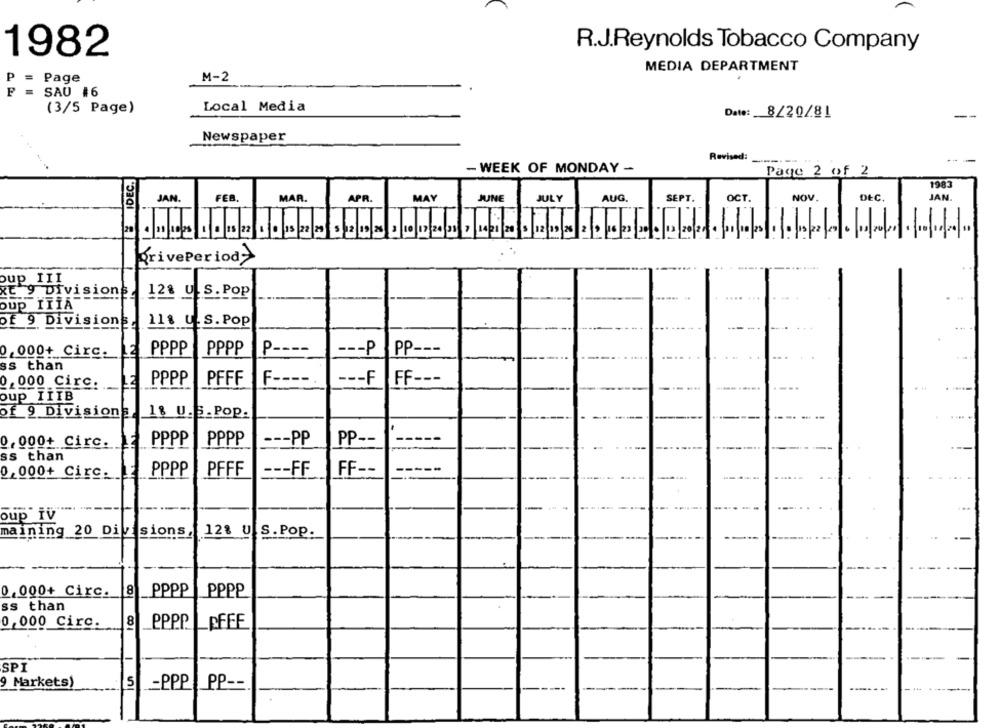
R.J.Reynolds Tobacco Company
1982
MEDIA DEPARTMENT
P
=
Page
M-2
SAU #6
(3/5 Page)
Local Media
Date: 8/20/81
Newspaper
Revised:
---
SIDEC.
- WEEK OF MONDAY -
Page 2 of 2
1983
JAN.
FEB.
MAR.
APR.
MAY
JUNE
AUG.
SEPT.
OCT.
NOV.
DEC.
JAN
JULY
. 21 10 25
. 15 22
6 . 15 22 29 5 12 19 26 3 10 17 24 91 7 1421 20
13/20/20 0 01/10/20 10|15/22
PrivePeriod>
up III
XE 9 Division
12% U .S. Pop
oup ÎTÏĀ
of 9 Division
118 U. S. Pop
P ----
--- P
PP ---
0,000+ Circ. 2
PPPP
PPPP
ss than
F ----
0,000 Circ.
PPPP
PFFF
--- F
FF ---
oup IIIB
of 9 Divisione
18 U.S.Pop.
PPPP
PPPP
--- PP
PP --
0,000+ Circ ...
ss than
0,000+ Circ.
PPPP
PFFF
--- FF
FF --
---
oup IV
maining 20 Di 2sions
12% U S. Pop.
0,000+ Circ.
8
PPPP
PPPP
ss than
0,000 Circ.
8
PPPP
SPI
9 Markets)
5
-PPP
PP --